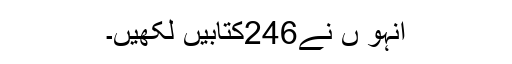
انہو ں نے246کتابیں لکھیں۔